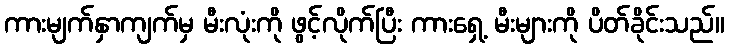
ကားမျက်နှာကျက်မှ မီးလုံးကို ဖွင့်လိုက်ပြီး ကားရှေ့ မီးများကို ပိတ်ခိုင်းသည်။